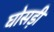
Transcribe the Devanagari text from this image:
घोसड़ी